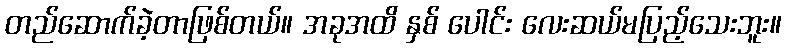
တည်ဆောက်ခဲ့တာဖြစ်တယ်။ အခုအထိ နှစ် ပေါင်း လေးဆယ်မပြည့်သေးဘူး။